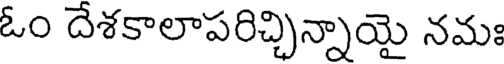
ఓం దేశకాలాపరిచ్చిన్నాయై నమః